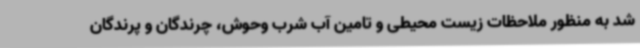
شد به منظور ملاحظات زیست محیطی و تامین آب شرب وحوش، چرندگان و پرندگان